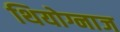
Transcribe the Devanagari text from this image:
थियोग्नाज